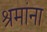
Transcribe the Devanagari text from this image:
श्रमांना